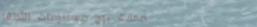
محلات بيع مستلزمات الأطفا